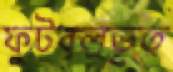
ফুটবলভূত